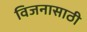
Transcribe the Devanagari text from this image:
विजनासाठी